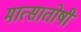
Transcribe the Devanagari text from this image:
मात्सातोषी